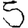
Digit: 5